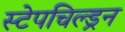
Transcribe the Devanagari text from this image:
स्टेपचिल्ड्रन